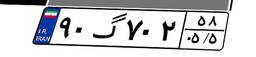
۹۰گ۷۰۲۵۸